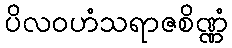
ပိလဝဟံသရာဇစိဏ္ဏံ